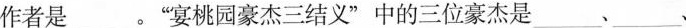
作者是___。“宴桃园豪杰一结义”中的三位豪杰是___、___、